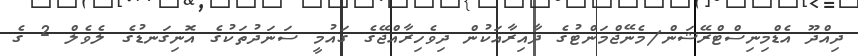
ދިއްދޫ އެޑްމިނިސްޓްރޭޝަން/މެނޭޖްމަންޓުގެ ދާއިރާއަކުން ދިވެހިރާއްޖޭގެ ގައުމީ ސަނަދުތަކުގެ އޮނިގަނޑުގެ ލެވެލް 2 ގެ